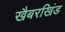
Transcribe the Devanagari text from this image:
खैबरखिंड